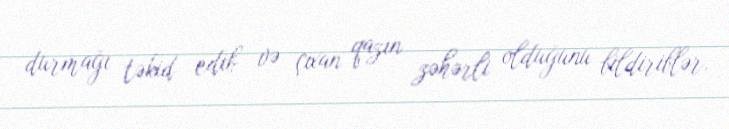
durmağı təkid edib və çıxan qazın zəhərli olduğunu bildiriblər.